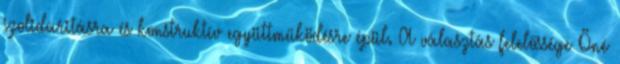
szolidaritásra és konstruktív együttműködésre épül. A választás felelőssége Öné